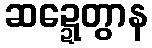
ဆဍ္ဍေတွာန